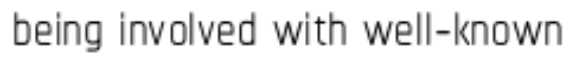
being involved with well-known